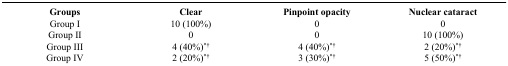
<table><thead><tr><td><b>Groups</b></td><td><b>Clear</b></td><td><b>Pinpoint opacity</b></td><td><b>Nuclear cataract</b></td></tr></thead><tbody><tr><td>Group I</td><td>10 (100%)</td><td>0</td><td>0</td></tr><tr><td>Group II</td><td>0</td><td>0</td><td>10 (100%)</td></tr><tr><td>Group III</td><td>4 (40%)<sup>*†</sup></td><td>4 (40%)<sup>*†</sup></td><td>2 (20%)<sup>*†</sup></td></tr><tr><td>Group IV</td><td>2 (20%)<sup>*†</sup></td><td>3 (30%)<sup>*†</sup></td><td>5 (50%)<sup>*†</sup></td></tr></tbody></table>